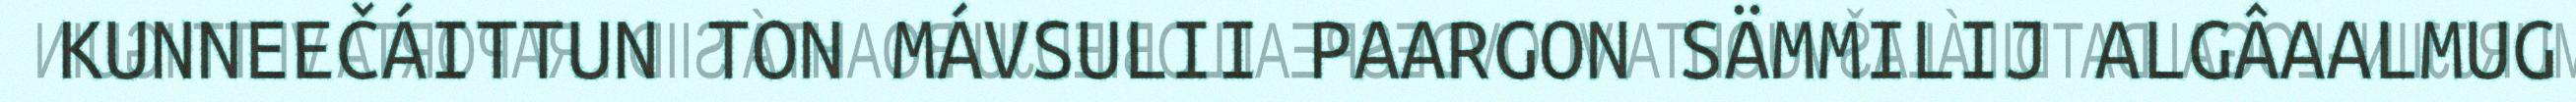
KUNNEEČÁITTUN TON MÁVSULII PAARGON SÄMMILIJ ALGÂAALMUG